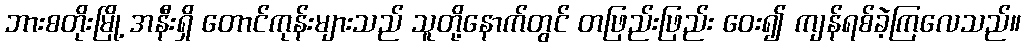
ဘားစတိုးမြို့ အနီးရှိ တောင်ကုန်းများသည် သူတို့နောက်တွင် တဖြည်းဖြည်း ဝေး၍ ကျန်ရစ်ခဲ့ကြလေသည်။